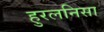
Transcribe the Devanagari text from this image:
हुरलनिसा